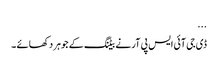
...
ڈی جی آئی ایس پی آر نے بیٹنگ کے جوہر دکھائے ۔